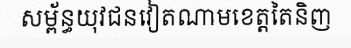
សម្ព័ន្ធយុវជនវៀតណាមខេត្តតៃនិញ